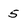
Character: 5